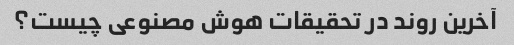
آخرین روند در تحقیقات هوش مصنوعی چیست؟